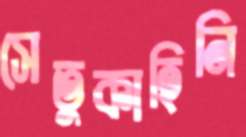
সেতুকাহিনি